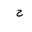
Letter: _ha